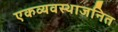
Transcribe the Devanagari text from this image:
एकव्यवस्थाजनित